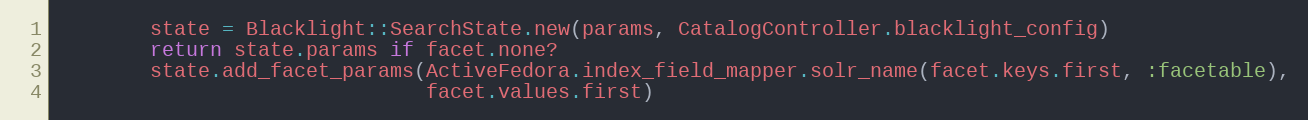
Language: Ruby
        state = Blacklight::SearchState.new(params, CatalogController.blacklight_config)
        return state.params if facet.none?
        state.add_facet_params(ActiveFedora.index_field_mapper.solr_name(facet.keys.first, :facetable),
                               facet.values.first)